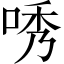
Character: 唀